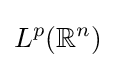
L^{p}(\mathbb {R} ^{n})